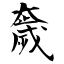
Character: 奯